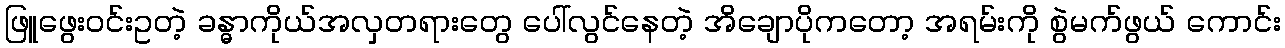
ဖြူဖွေးဝင်းဥတဲ့ ခန္ဓာကိုယ်အလှတရားတွေ ပေါ်လွင်နေတဲ့ အိချောပိုကတော့ အရမ်းကို စွဲမက်ဖွယ် ကောင်း